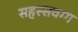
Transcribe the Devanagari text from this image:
सहस्सवग्ग